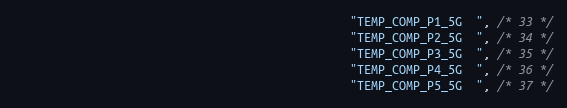
Language: C
												"TEMP_COMP_P1_5G  ", /* 33 */
												"TEMP_COMP_P2_5G  ", /* 34 */
												"TEMP_COMP_P3_5G  ", /* 35 */
												"TEMP_COMP_P4_5G  ", /* 36 */
												"TEMP_COMP_P5_5G  ", /* 37 */